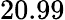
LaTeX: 20.99